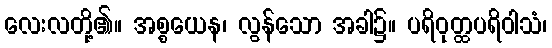
လေးလတို့၏။ အစ္စယေန၊ လွန်သော အခါ၌။ ပရိဝုတ္ထပရိဝါသံ၊